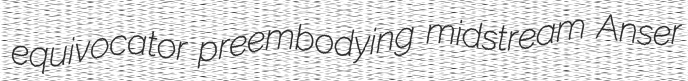
equivocator preembodying midstream Anser